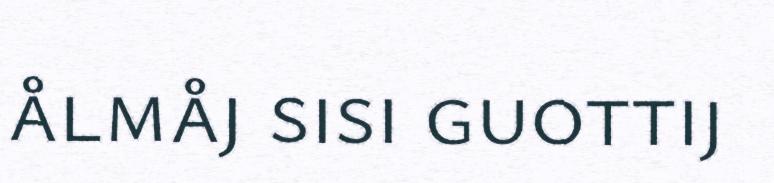
ålmåj sisi guottij